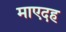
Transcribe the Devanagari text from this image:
माएदह